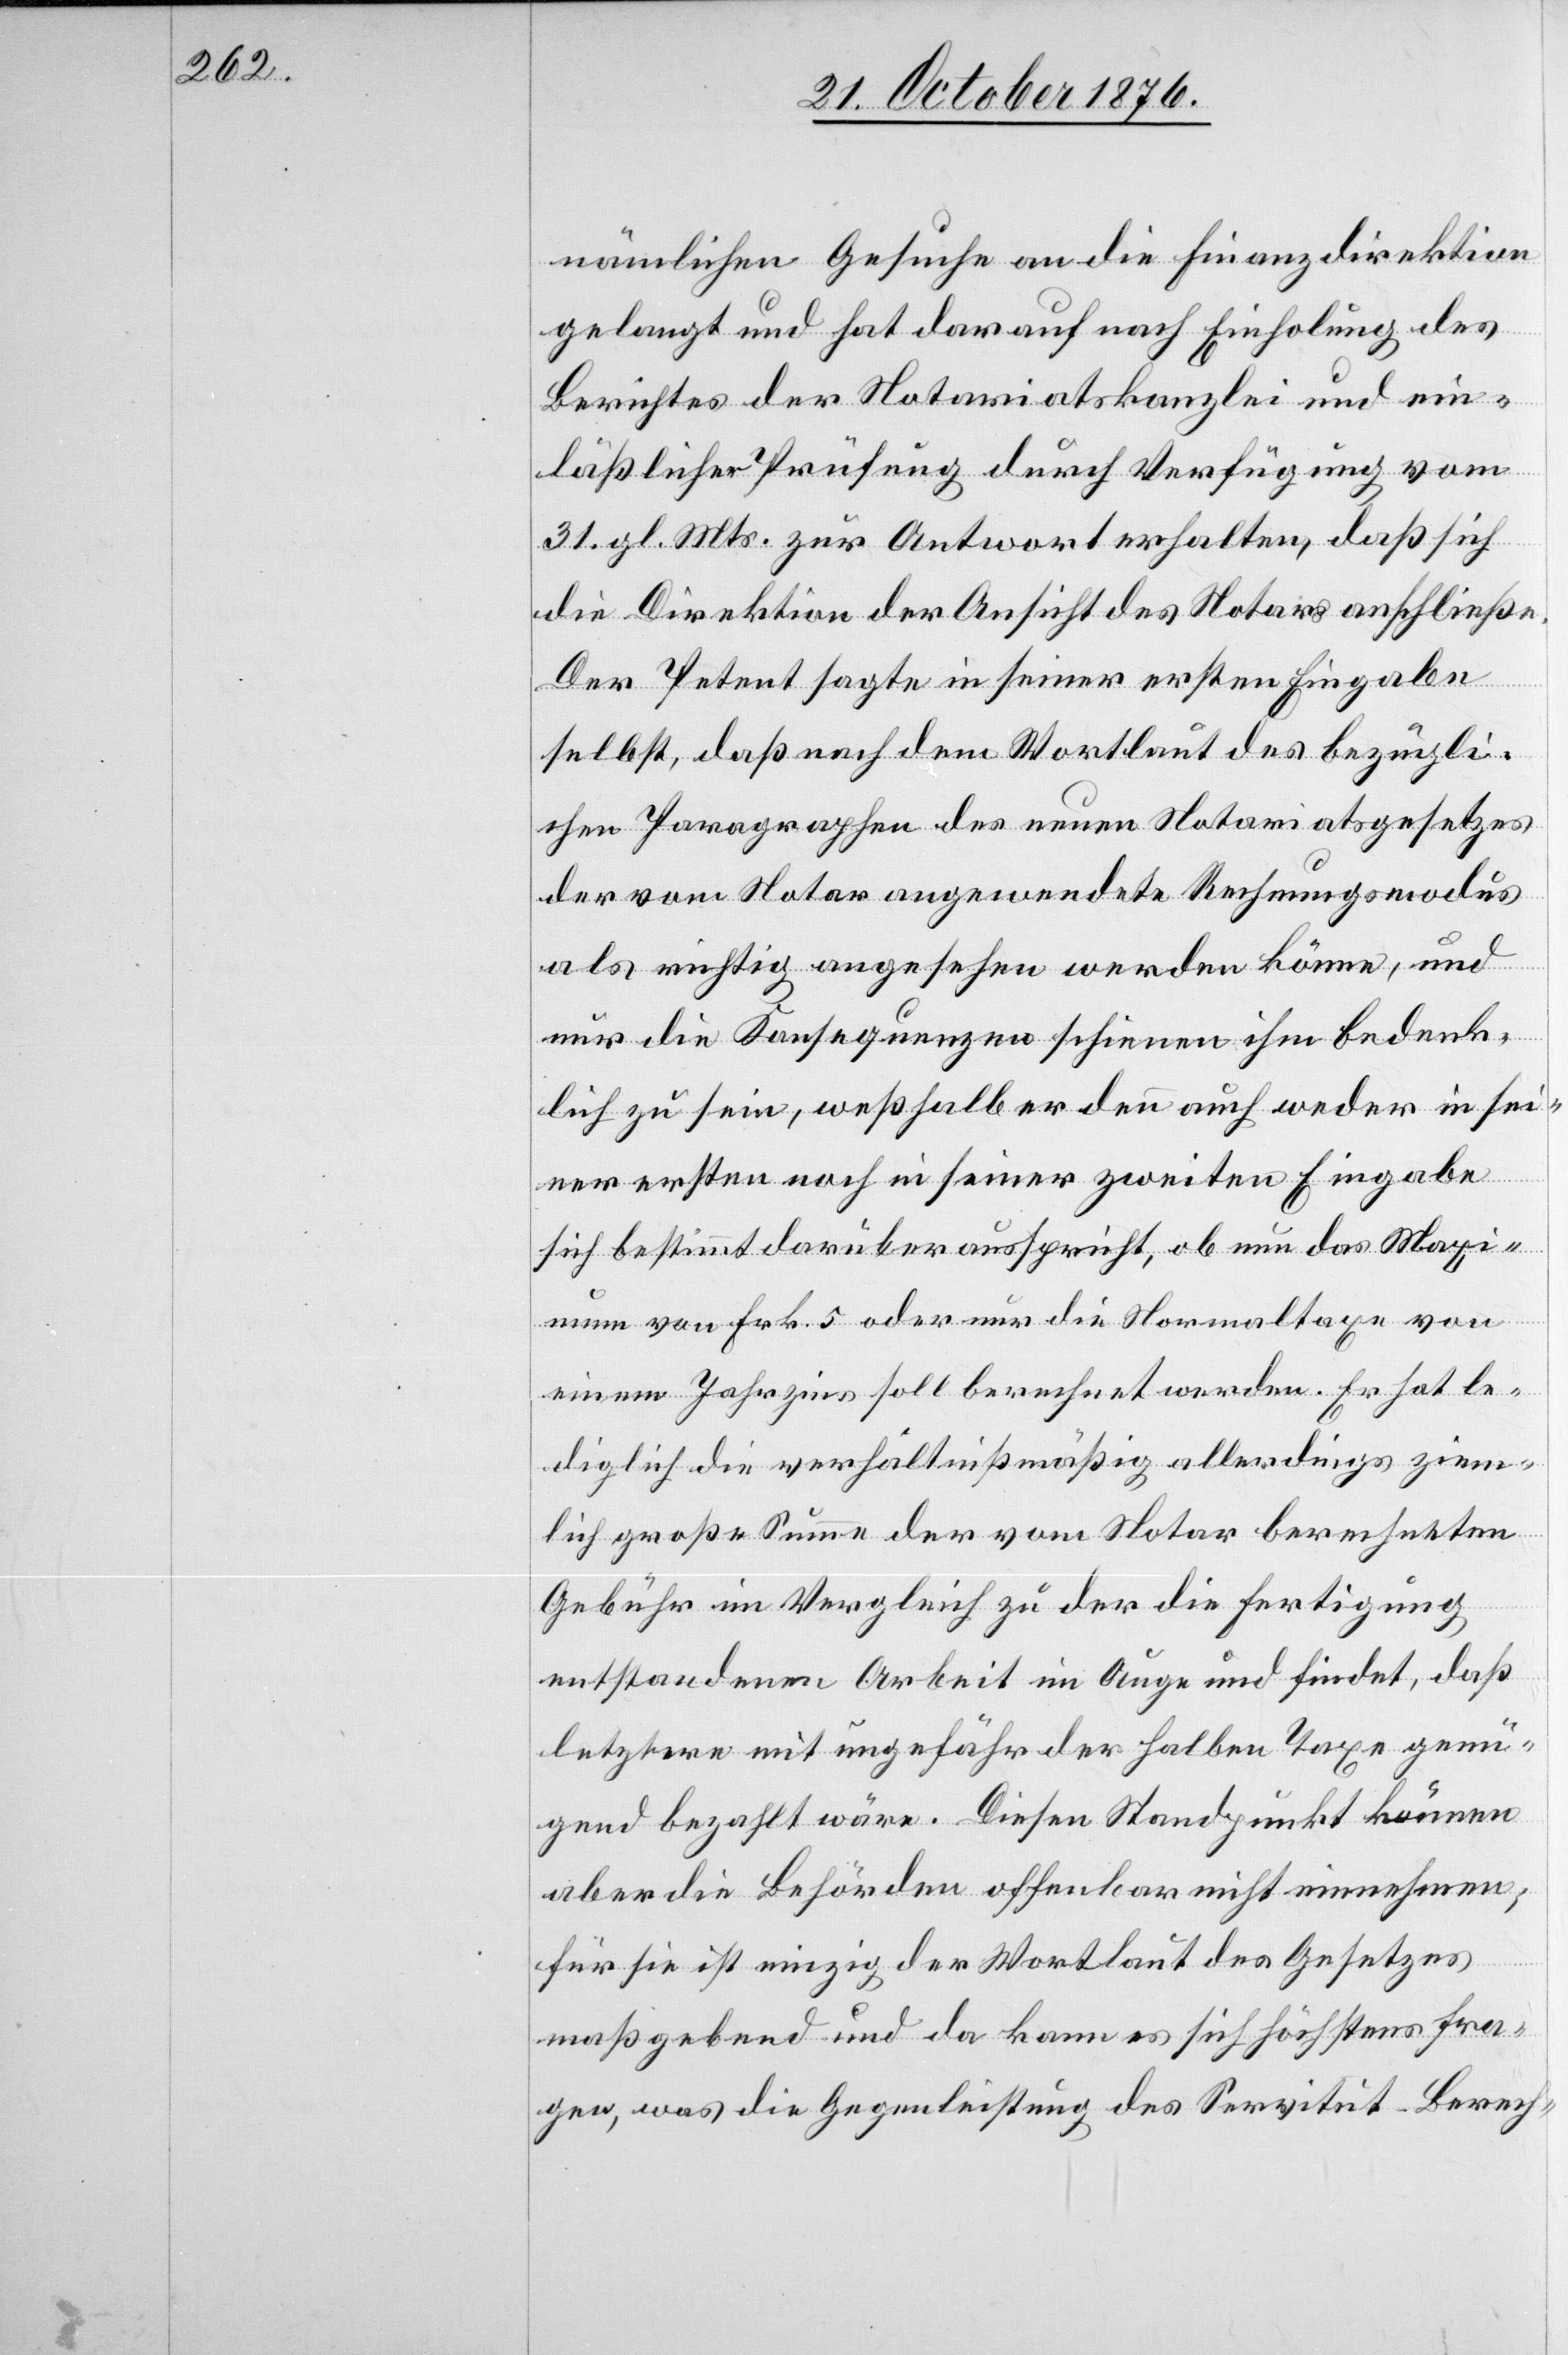
nämlichen Gesuche an die Finanzdirektion
gelangt und hat darauf nach Einholung des
Berichtes der Notariatskanzlei und ein¬
läßlicher Prüfung durch Verfügung vom
31. gl. Mts. zur Antwort erhalten, daß sich
die Direktion der Ansicht des Notars anschließe.
Der Petent sagte in seiner ersten Eingabe
selbst, daß nach dem Wortlaut des bezügli¬
chen Paragraphen des neuen Notariatsgesetzes
der vom Notar angewendete Rechnungsmodus
als richtig angesehen werden könne, und
nur die Konsequenzen schienen ihm bedenk¬
lich zu sein, weßhalb er denn auch weder in sei¬
ner ersten noch in seiner zweiten Eingabe
sich bestimmt darüber ausspricht, ob nun das Maxi¬
mum von Frk. 5 oder nur die Normaltaxe von
einem Jahrzins soll berechnet werden. Er hat le¬
diglich die verhältnißmäßig allerdings ziem¬
lich große Summe der vom Notar berechneten
Gebühr im Vergleich zu der die Fertigung
entstandenen Arbeit im Auge [sic!] und findet, daß
letztere mit ungefähr der halben Taxe genü¬
gend bezahlt wäre. Diesen Standpunkt können
aber die Behörden offenbar nicht einnehmen;
für sie ist einzig der Wortlaut des Gesetzes
maßgebend und da kann es sich höchstens fra¬
gen, was die Gegenleistung des Servitut-Berech-